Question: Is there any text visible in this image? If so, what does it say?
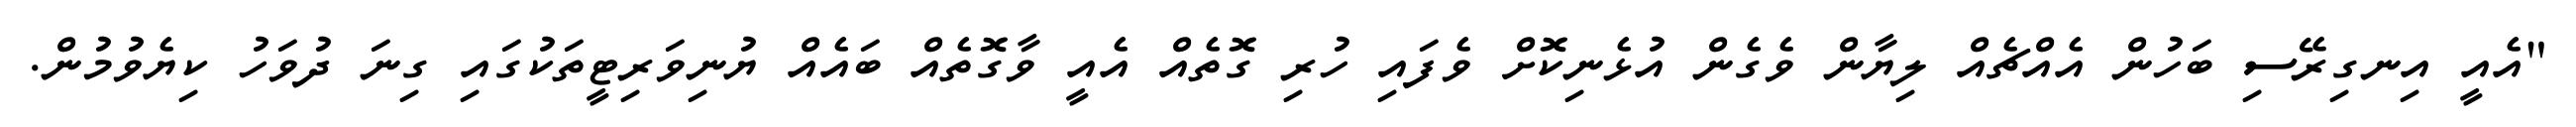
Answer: "އެއީ އިނގިރޭސި ބަހުން އެއްޗެއް ލިޔާން ވެގެން އުޅެނިކޮށް ވެފައި ހުރި ގޮތެއް އެއީ ވާގޮތެއް ބައެއް ޔުނިވަރިޓީތަކުގައި ގިނަ ދުވަހު ކިޔެވުމުން.